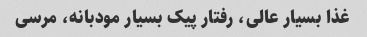
غذا بسیار عالی، رفتار پیک بسیار مودبانه، مرسی